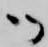
御